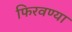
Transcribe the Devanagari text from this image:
फिरवण्या